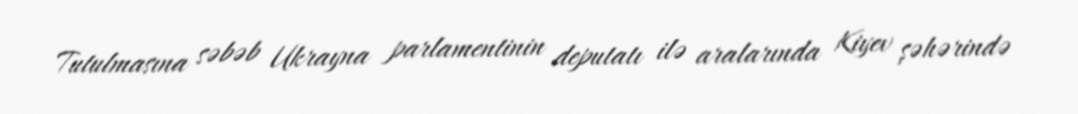
Tutulmasına səbəb Ukrayna parlamentinin deputatı ilə aralarında Kiyev şəhərində